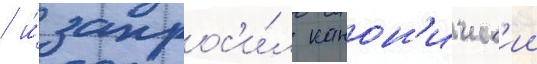
/ и́ запрос'и́л канон'ическ'ии